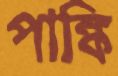
পাঙ্কি